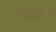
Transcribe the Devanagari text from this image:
तलोजा